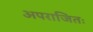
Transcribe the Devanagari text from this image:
अपराजितः